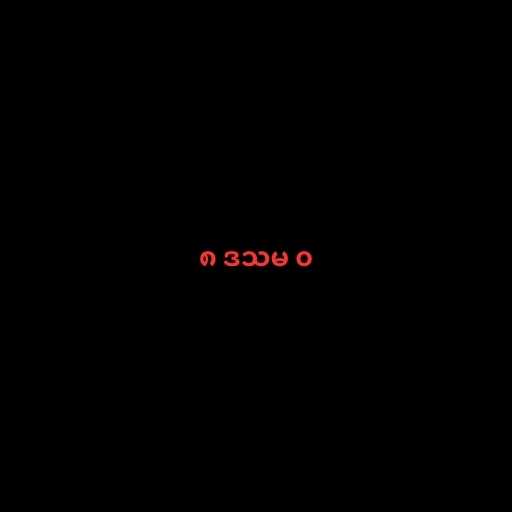
၈ ဒသမ ၀